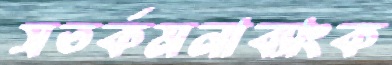
সতর্কমনাব্যাংক